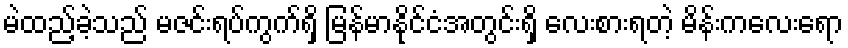
မဲထည့်ခဲ့သည် မဇင်းရပ်ကွက်ရှိ မြန်မာနိုင်ငံအတွင်းရှိ လေးစားရတဲ့ မိန်းကလေးရော